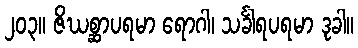
၂၀၃။ ဇိဃစ္ဆာပရမာ ရောဂါ၊ သင်္ခါရပရမာ ဒုခါ။